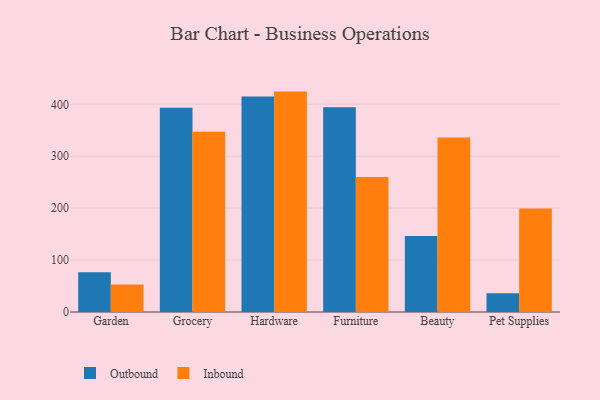
{"axis": {"x": "Category", "y": "Population (Million)"}, "legend": ["Inbound", "Outbound"], "data": [{"x": "Garden", "y": 76.6, "type": "Outbound"}, {"x": "Garden", "y": 53.0, "type": "Inbound"}, {"x": "Grocery", "y": 393.5, "type": "Outbound"}, {"x": "Grocery", "y": 347.2, "type": "Inbound"}, {"x": "Hardware", "y": 415.1, "type": "Outbound"}, {"x": "Hardware", "y": 424.5, "type": "Inbound"}, {"x": "Furniture", "y": 394.3, "type": "Outbound"}, {"x": "Furniture", "y": 260.2, "type": "Inbound"}, {"x": "Beauty", "y": 146.2, "type": "Outbound"}, {"x": "Beauty", "y": 336.0, "type": "Inbound"}, {"x": "Pet Supplies", "y": 35.9, "type": "Outbound"}, {"x": "Pet Supplies", "y": 199.4, "type": "Inbound"}]}